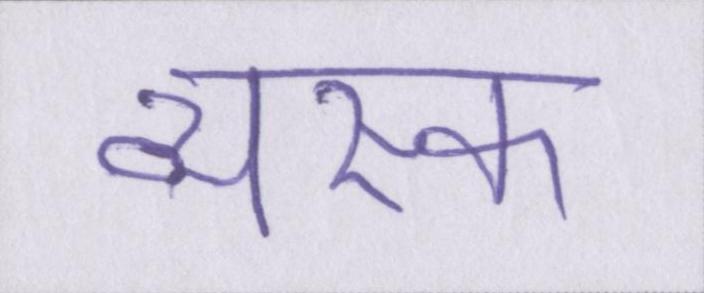
व्यस्क